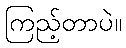
ကြည့်တာပဲ။